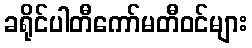
ခရိုင်ပါတီကော်မတီဝင်များ